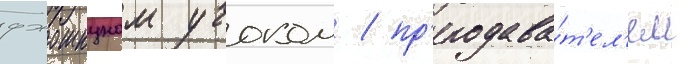
джошкуном учоком / пр'еподава́т'ел'ем